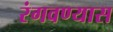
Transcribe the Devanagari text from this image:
रंगवण्यास